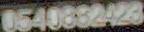
0540862423